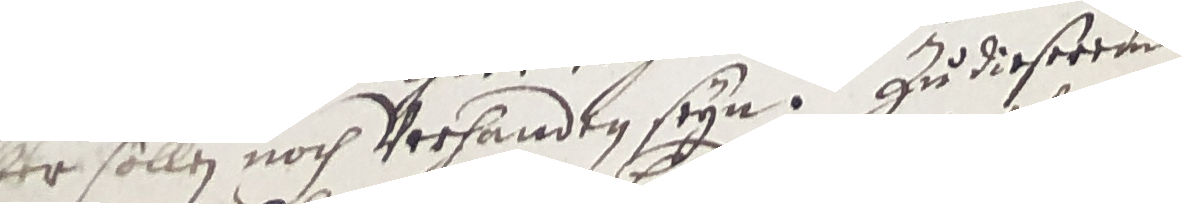
aber sollen noch verhanden seyn. Zu dieserem